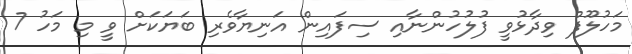
މަހުލޫފް ވިދާޅުވީ ފުލުހުންނާއި ސިފައިން އަނިޔާވެރި ބަޔަކަށް ވީ މި މަހު 7